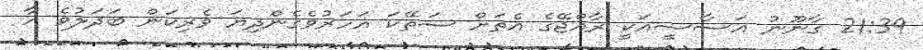
21:39 ގާނޫނު އަސާސީއަކީ ރާއްޖޭގެ އެތަށް ސަތޭކަ އަހަރުވެގެންދިޔަ ވެރިކަން ބަދަލުވެ އާ